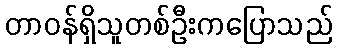
တာဝန်ရှိသူတစ်ဦးကပြောသည်